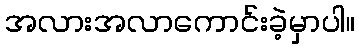
အလားအလာကောင်းခဲ့မှာပါ။